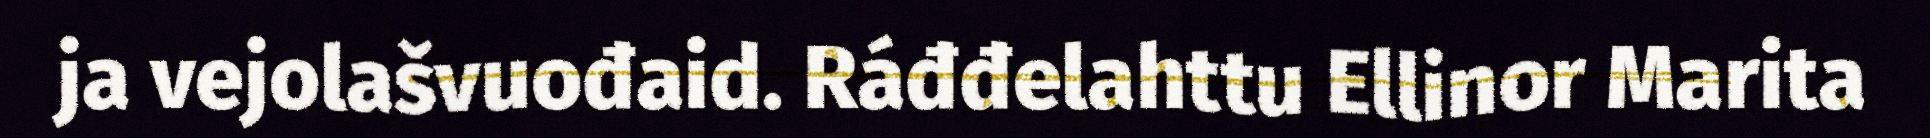
ja vejolašvuođaid. Ráđđelahttu Ellinor Marita